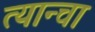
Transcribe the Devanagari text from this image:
त्यान्चा